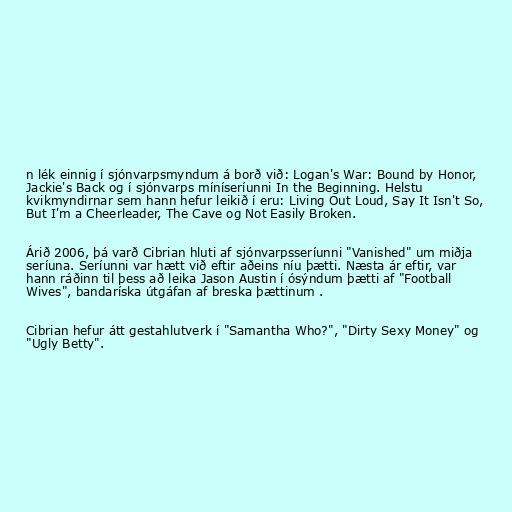
n lék einnig í sjónvarpsmyndum á borð við: Logan's War: Bound by Honor,
Jackie's Back og í sjónvarps míníseríunni In the Beginning. Helstu
kvikmyndirnar sem hann hefur leikið í eru: Living Out Loud, Say It Isn't So,
But I'm a Cheerleader, The Cave og Not Easily Broken.

Árið 2006, þá varð Cibrian hluti af sjónvarpsseríunni "Vanished" um miðja
seríuna. Seríunni var hætt við eftir aðeins níu þætti. Næsta ár eftir, var
hann ráðinn til þess að leika Jason Austin í ósýndum þætti af "Football
Wives", bandaríska útgáfan af breska þættinum .

Cibrian hefur átt gestahlutverk í "Samantha Who?", "Dirty Sexy Money" og
"Ugly Betty".